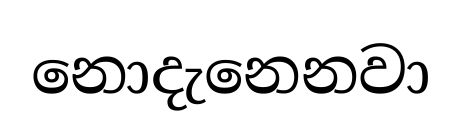
නොදැනෙනවා